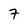
Character: 7